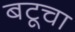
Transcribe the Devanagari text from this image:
बटूचा